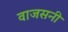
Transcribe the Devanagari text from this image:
वाजसनी